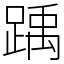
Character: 踽